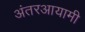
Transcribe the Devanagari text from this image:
अंतरआयामी